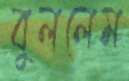
বুললেম